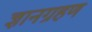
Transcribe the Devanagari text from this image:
ज्ञानग्रहण